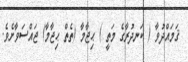
ޤަމައްދުވާ ( ކަނދުރާގެ މަތީ ) ޙިޖާމާ (ތެތް ޙިޖާމާ) ޖައްސަވާށެވެ.